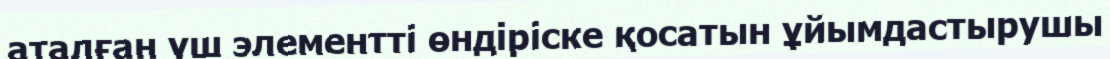
аталған үш элементті өндіріске қосатын ұйымдастырушы